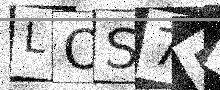
Text: LOS7ER